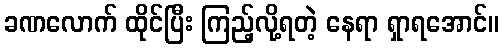
ခဏလောက် ထိုင်ပြီး ကြည့်လို့ရတဲ့ နေရာ ရှာရအောင်။